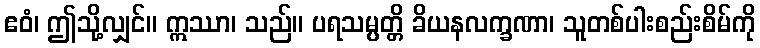
ဧဝံ၊ ဤသို့လျှင်။ ဣဿာ၊ သည်။ ပရသမ္ပတ္တိ ခိယနလက္ခဏာ၊ သူတစ်ပါးစည်းစိမ်ကို